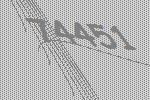
74451